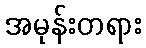
အမုန်းတရား